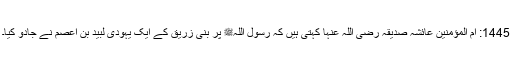
1445: اُمّ المؤمنین عائشہ صدیقہ رضی اللہ عنہا کہتی ہیں کہ رسول اللہﷺ پر بنی زریق کے ایک یہودی لبید بن اعصم نے جادو کیا۔